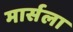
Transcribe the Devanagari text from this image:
मार्सला